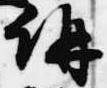
講